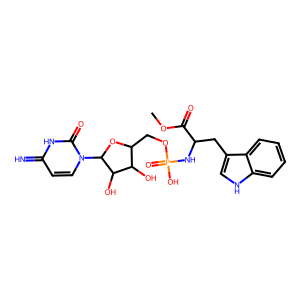
SMILES: COC(=O)C(Cc1c[nH]c2ccccc12)NP(=O)(O)OCC1OC(n2ccc(=N)[nH]c2=O)C(O)C1O
Inhibits HIV replication: No